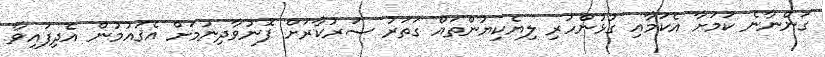
ގަންނާނެ ކަމަށާ އެކަމާއި ގުޅުންހުރި ލިޔެކިޔުންތައް ގަތަރު ސަރުކާރަށް ފޮނުވާދިނުމަށް އެޤައުމުން އެދިފައިވާ